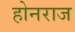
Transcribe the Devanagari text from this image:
होनराज